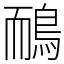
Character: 鴯